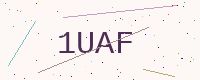
Text: 1UAF